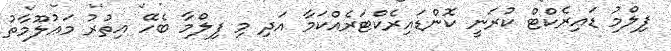
ފިލްމު ޑައިރެކްޓް ކުރަނީ ކޮންޑައިރެކްޓަރެއްކަމާ އަދި މި ފިލްމާ ބެހޭ އިތުރު މަޢުލޫމާތު